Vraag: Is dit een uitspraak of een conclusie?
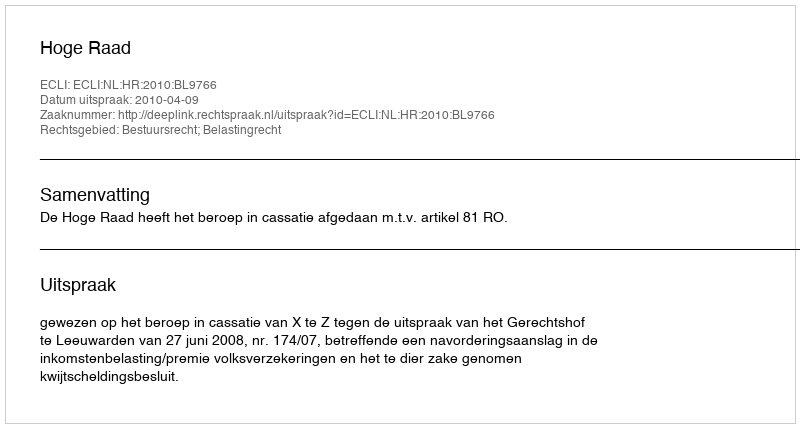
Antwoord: Uitspraak